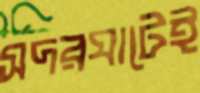
সদরঘাটেই